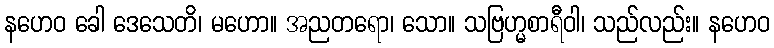
နဟေဝ ခေါ ဒေသေတိ၊ မဟော။ အညတရော၊ သော။ သဗြဟ္မစာရီဝါ၊ သည်လည်း။ နဟေဝ